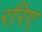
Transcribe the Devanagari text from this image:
ररिए